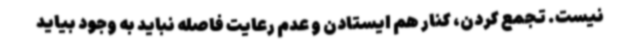
نیست. تجمع کردن، کنار هم ایستادن و عدم رعایت فاصله نباید به وجود بیاید